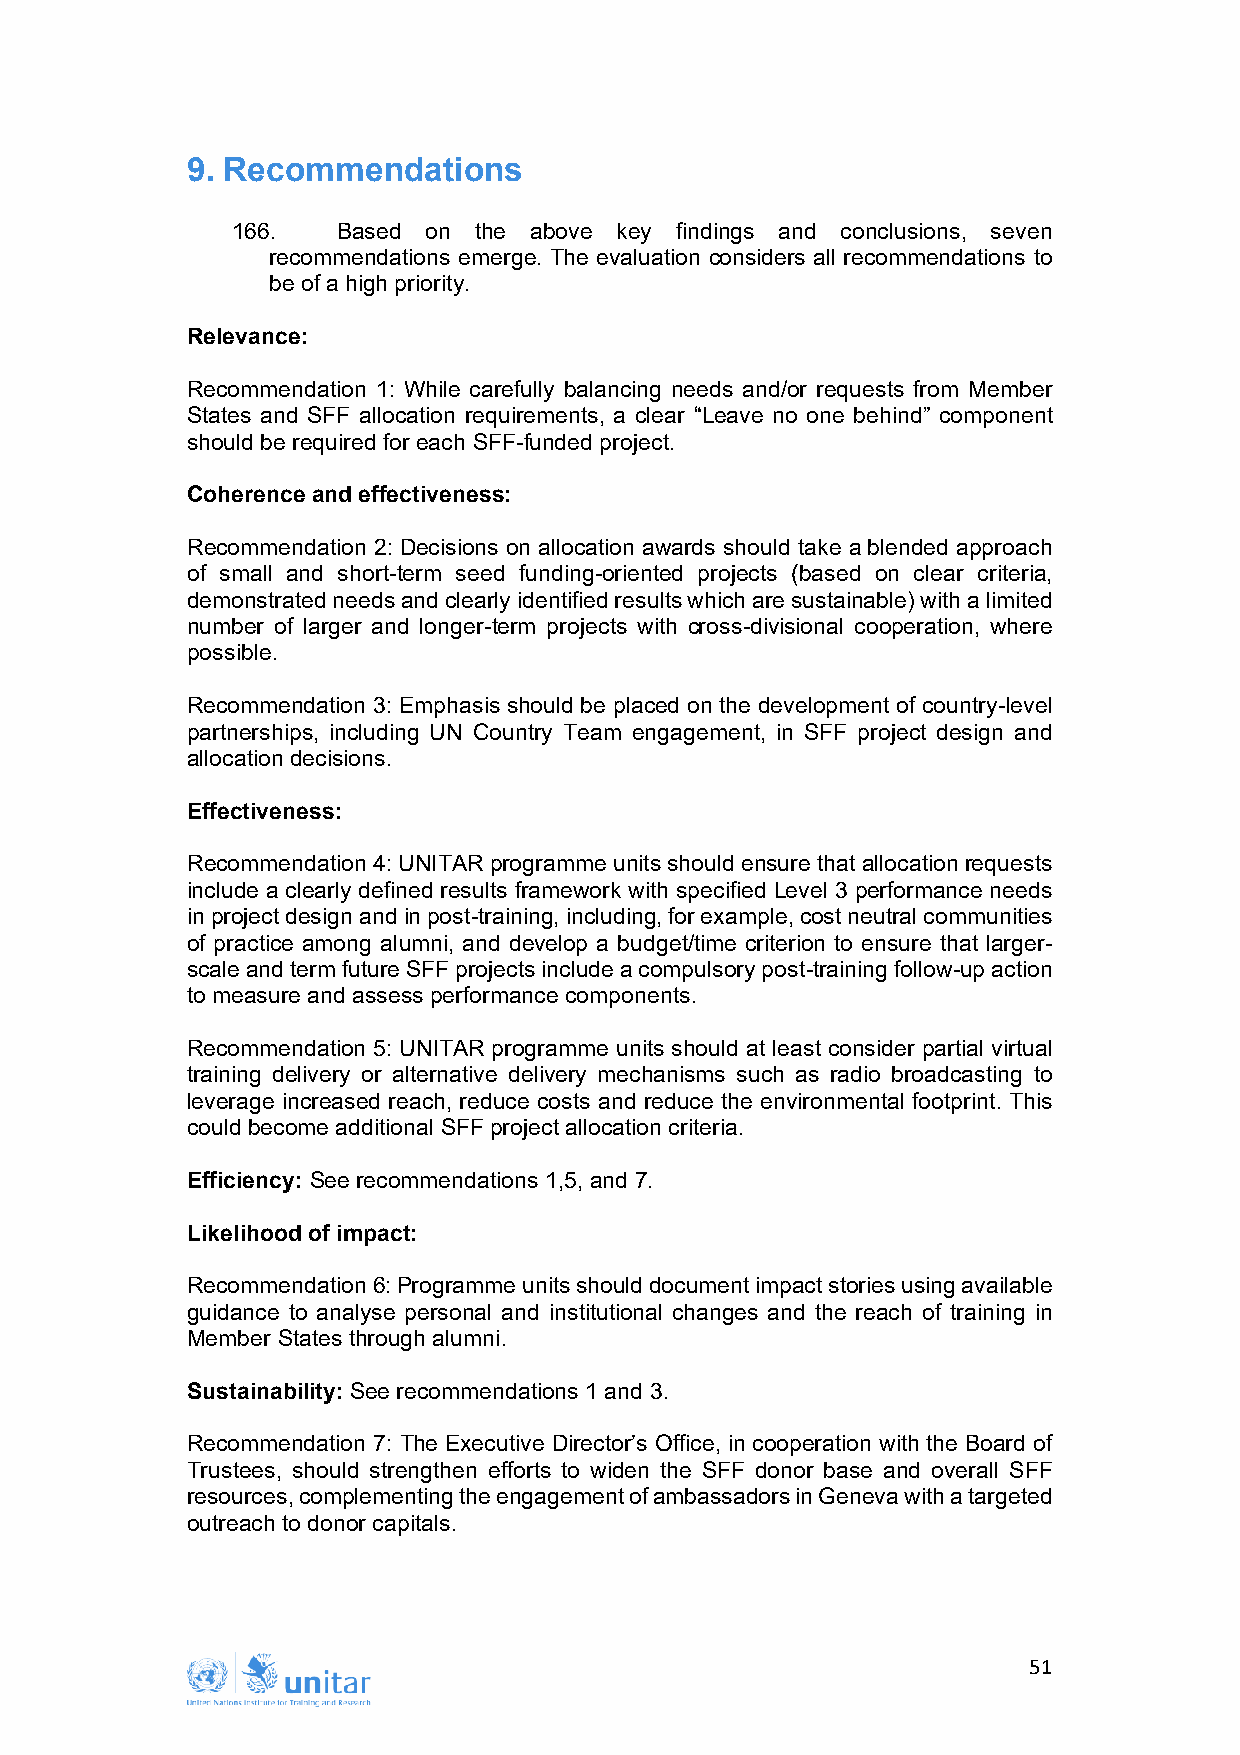
9. Recommendations
 166.   Based on the above key findings and conclusions, seven
 recommendations emerge. The evaluation considers all recommendations to
 be of a high priority.
 Relevance:
 Recommendation 1: While carefully balancing needs and/or requests from Member
 States and SFF allocation requirements, a clear “Leave no one behind” component
 should be required for each SFF-funded project.
 Coherence and effectiveness:
 Recommendation 2: Decisions on allocation awards should take a blended approach
 of small and short-term seed funding-oriented projects (based on clear criteria,
 demonstrated needs and clearly identified results which are sustainable) with a limited
 number of larger and longer-term projects with cross-divisional cooperation, where
 possible.
 Recommendation 3: Emphasis should be placed on the development of country-level
 partnerships, including UN Country Team engagement, in SFF project design and
 allocation decisions.
 Effectiveness:
 Recommendation 4: UNITAR programme units should ensure that allocation requests
 include a clearly defined results framework with specified Level 3 performance needs
 in project design and in post-training, including, for example, cost neutral communities
 of practice among alumni, and develop a budget/time criterion to ensure that larger-
 scale and term future SFF projects include a compulsory post-training follow-up action
 to measure and assess performance components.
 Recommendation 5: UNITAR programme units should at least consider partial virtual
 training delivery or alternative delivery mechanisms such as radio broadcasting to
 leverage increased reach, reduce costs and reduce the environmental footprint. This
 could become additional SFF project allocation criteria.
 Efficiency: See recommendations 1,5, and 7.
 Likelihood of impact:
 Recommendation 6: Programme units should document impact stories using available
 guidance to analyse personal and institutional changes and the reach of training in
 Member States through alumni.
 Sustainability: See recommendations 1 and 3.
 Recommendation 7: The Executive Director’s Office, in cooperation with the Board of
 Trustees, should strengthen efforts to widen the SFF donor base and overall SFF
 resources, complementing the engagement of ambassadors in Geneva with a targeted
 outreach to donor capitals.
 51